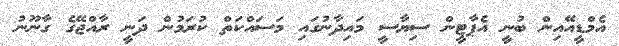
އެމްޑީއޭއިން ބުނީ އެޕާޓީން ސިޔާސީ މައިދާނުގައި މަސައްކަތް ކުރަމުން ދަނީ ރާއްޖޭގެ ގާނޫނު